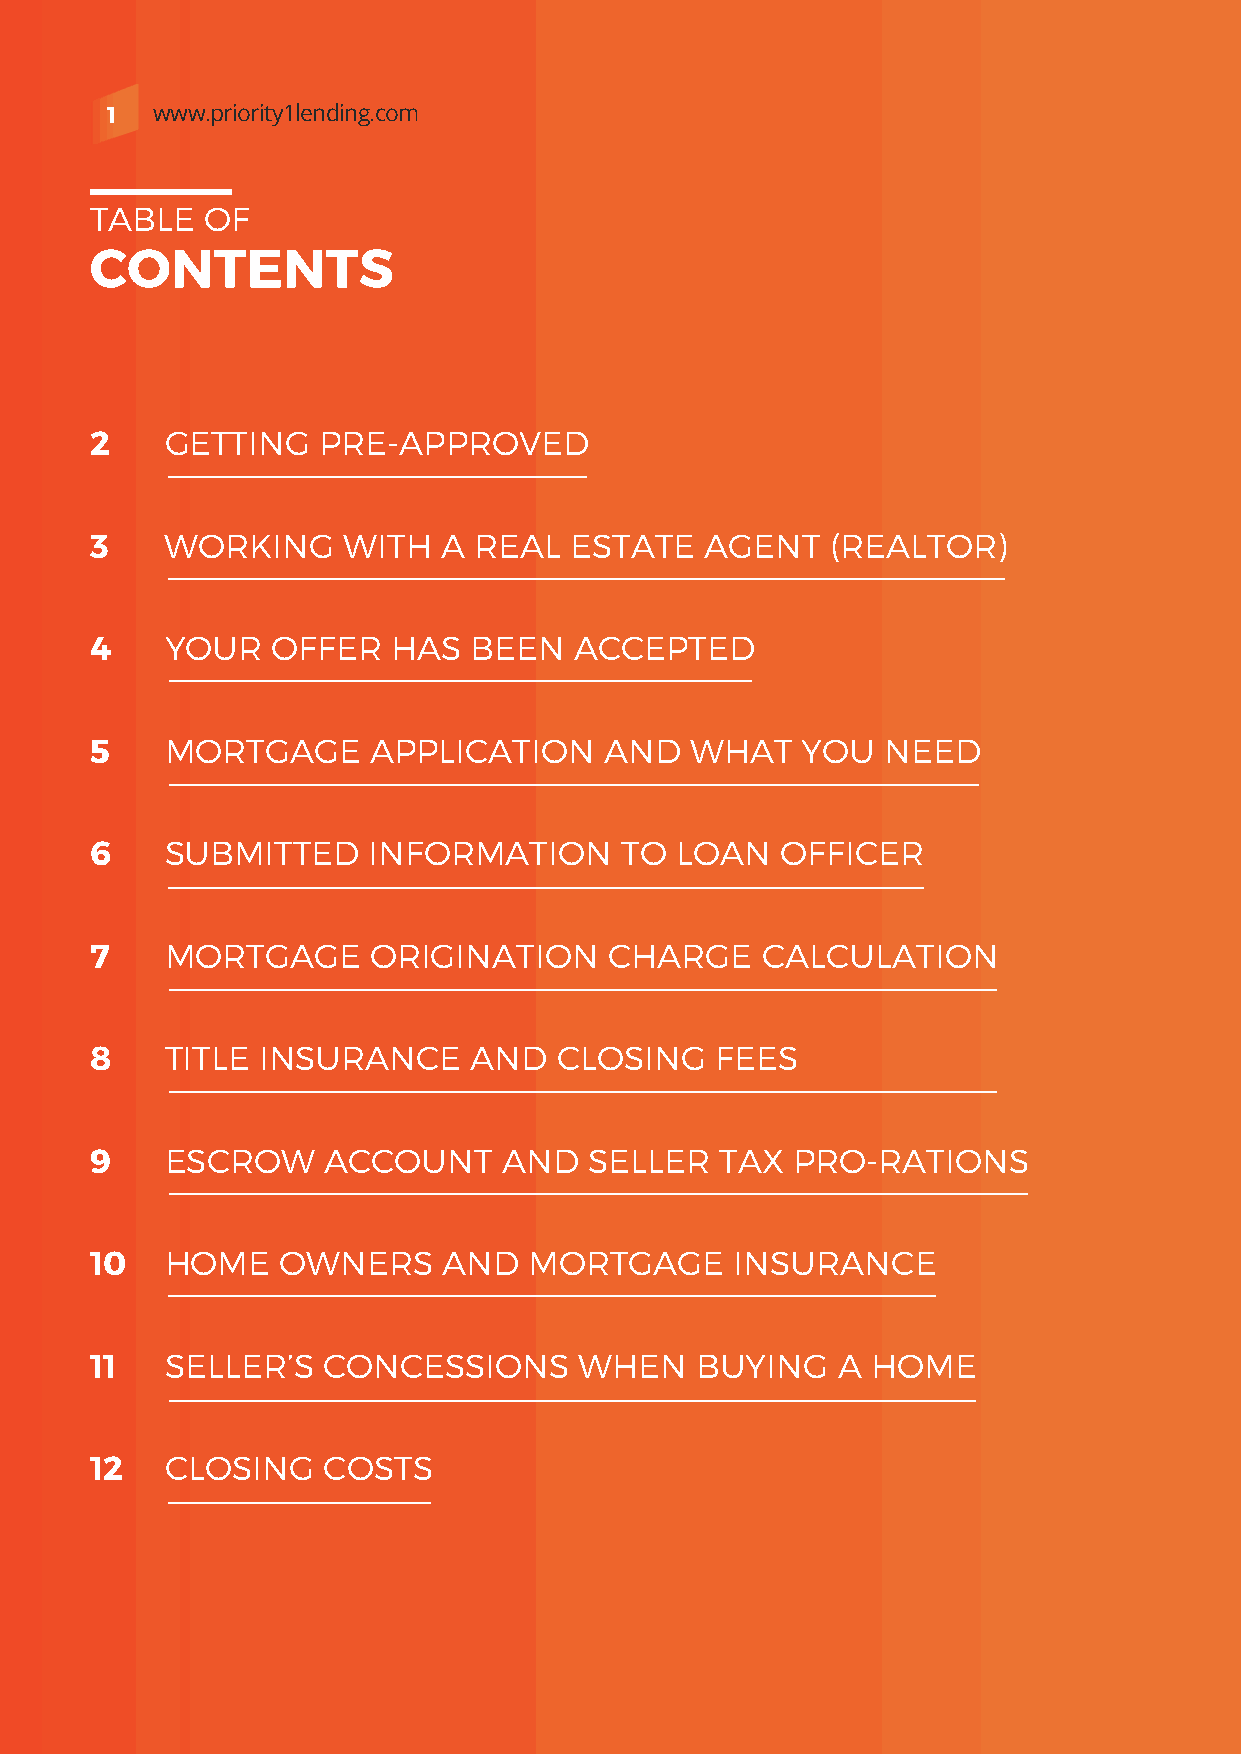
1  www.priority1lending.com
 TABLE   OF
 CONTENTS
 2    GETTING   PRE-APPROVED
 3    WORKING     WITH  A REAL   ESTATE   AGENT   (REALTOR)
 4    YOUR   OFFER   HAS  BEEN   ACCEPTED
 5    MORTGAGE      APPLICATION    AND   WHAT   YOU   NEED
 6    SUBMITTED    INFORMATION      TO  LOAN   OFFICER
 7    MORTGAGE      ORIGINATION    CHARGE    CALCULATION
 8    TITLE INSURANCE     AND   CLOSING   FEES
 9    ESCROW    ACCOUNT     AND   SELLER   TAX PRO-RATIONS
 10   HOME    OWNERS    AND   MORTGAGE      INSURANCE
 11   SELLER’S  CONCESSIONS      WHEN    BUYING   A  HOME
 12   CLOSING   COSTS